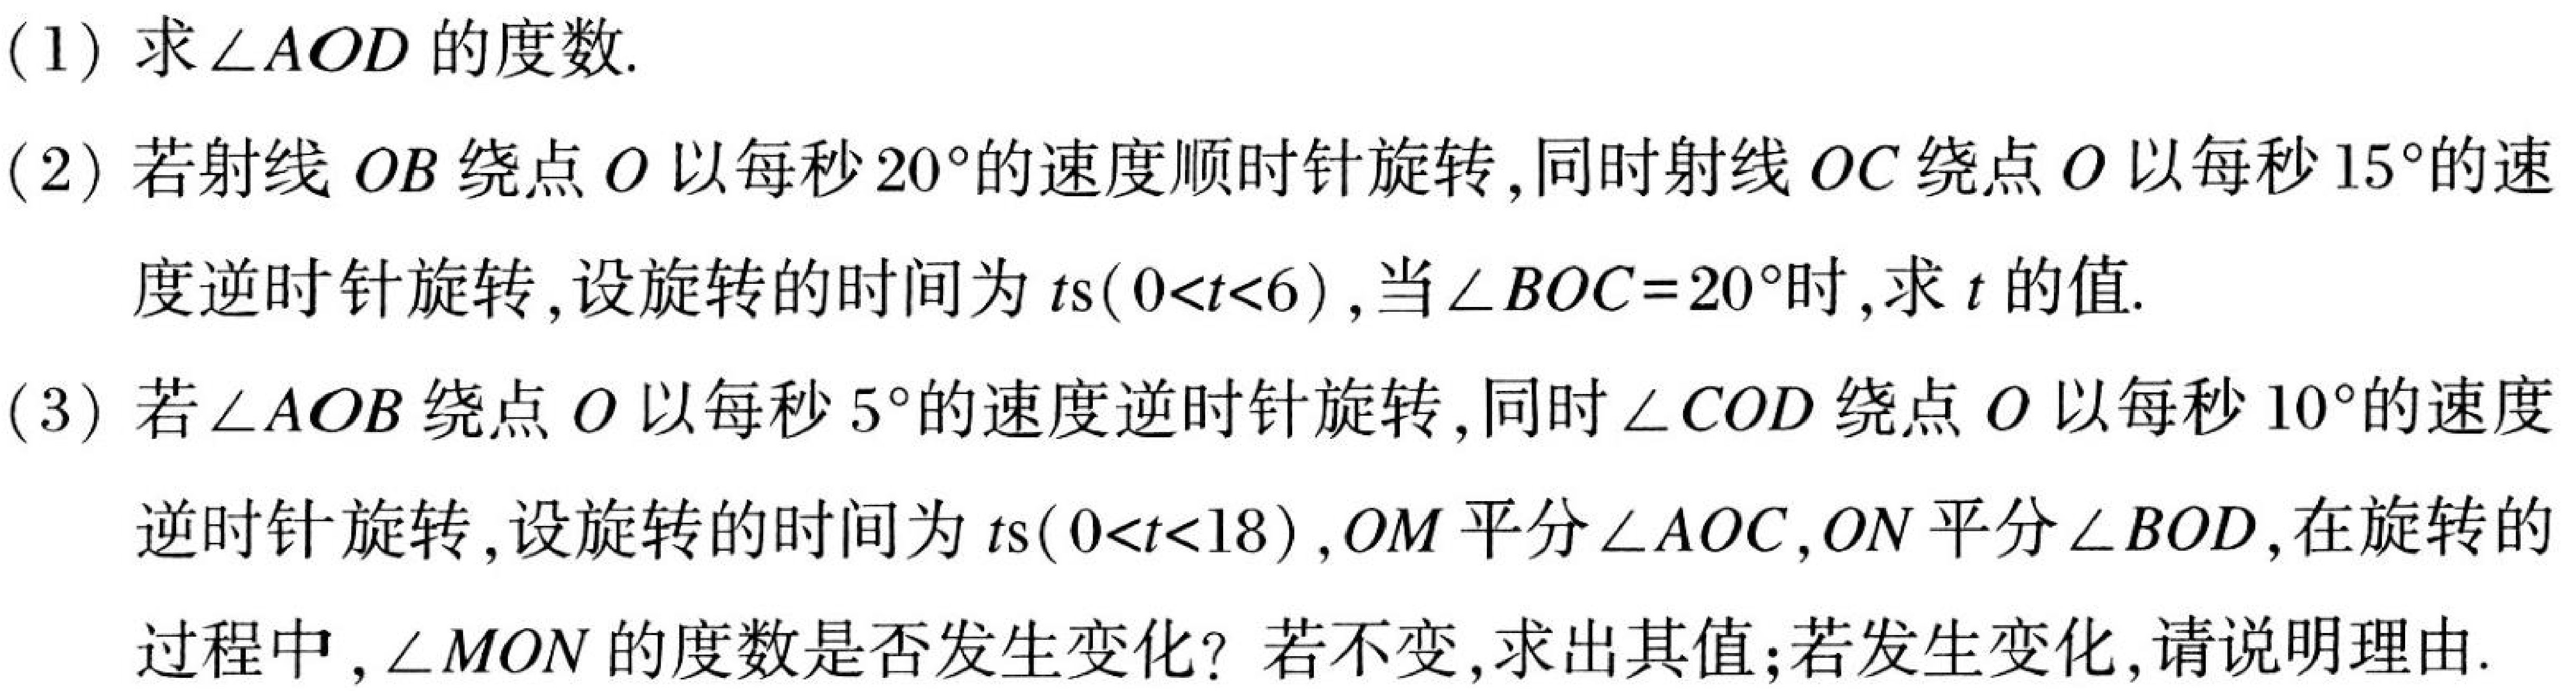
(1) 求\(\angle AOD\)的度数.
(2) 若射线 \(OB\) 绕点 \(O\) 以每秒 \(20^{\circ}\)的速度顺时针旋转,同时射线 \(OC\) 绕点 \(O\) 以每秒 \(15^{\circ}\)的速
度逆时针旋转,设旋转的时间为 \(t\text{s}(0 < t < 6)\),当\(\angle BOC = 20^{\circ}\)时,求 \(t\) 的值.
(3) 若\(\angle AOB\) 绕点 \(O\) 以每秒 \(5^{\circ}\)的速度逆时针旋转,同时\(\angle COD\) 绕点 \(O\) 以每秒 \(10^{\circ}\)的速度
逆时针旋转,设旋转的时间为 \(t\text{s}(0 < t < 18)\),\(OM\) 平分\(\angle AOC\),\(ON\) 平分\(\angle BOD\),在旋转的
过程中,\(\angle MON\) 的度数是否发生变化? 若不变,求出其值;若发生变化,请说明理由.